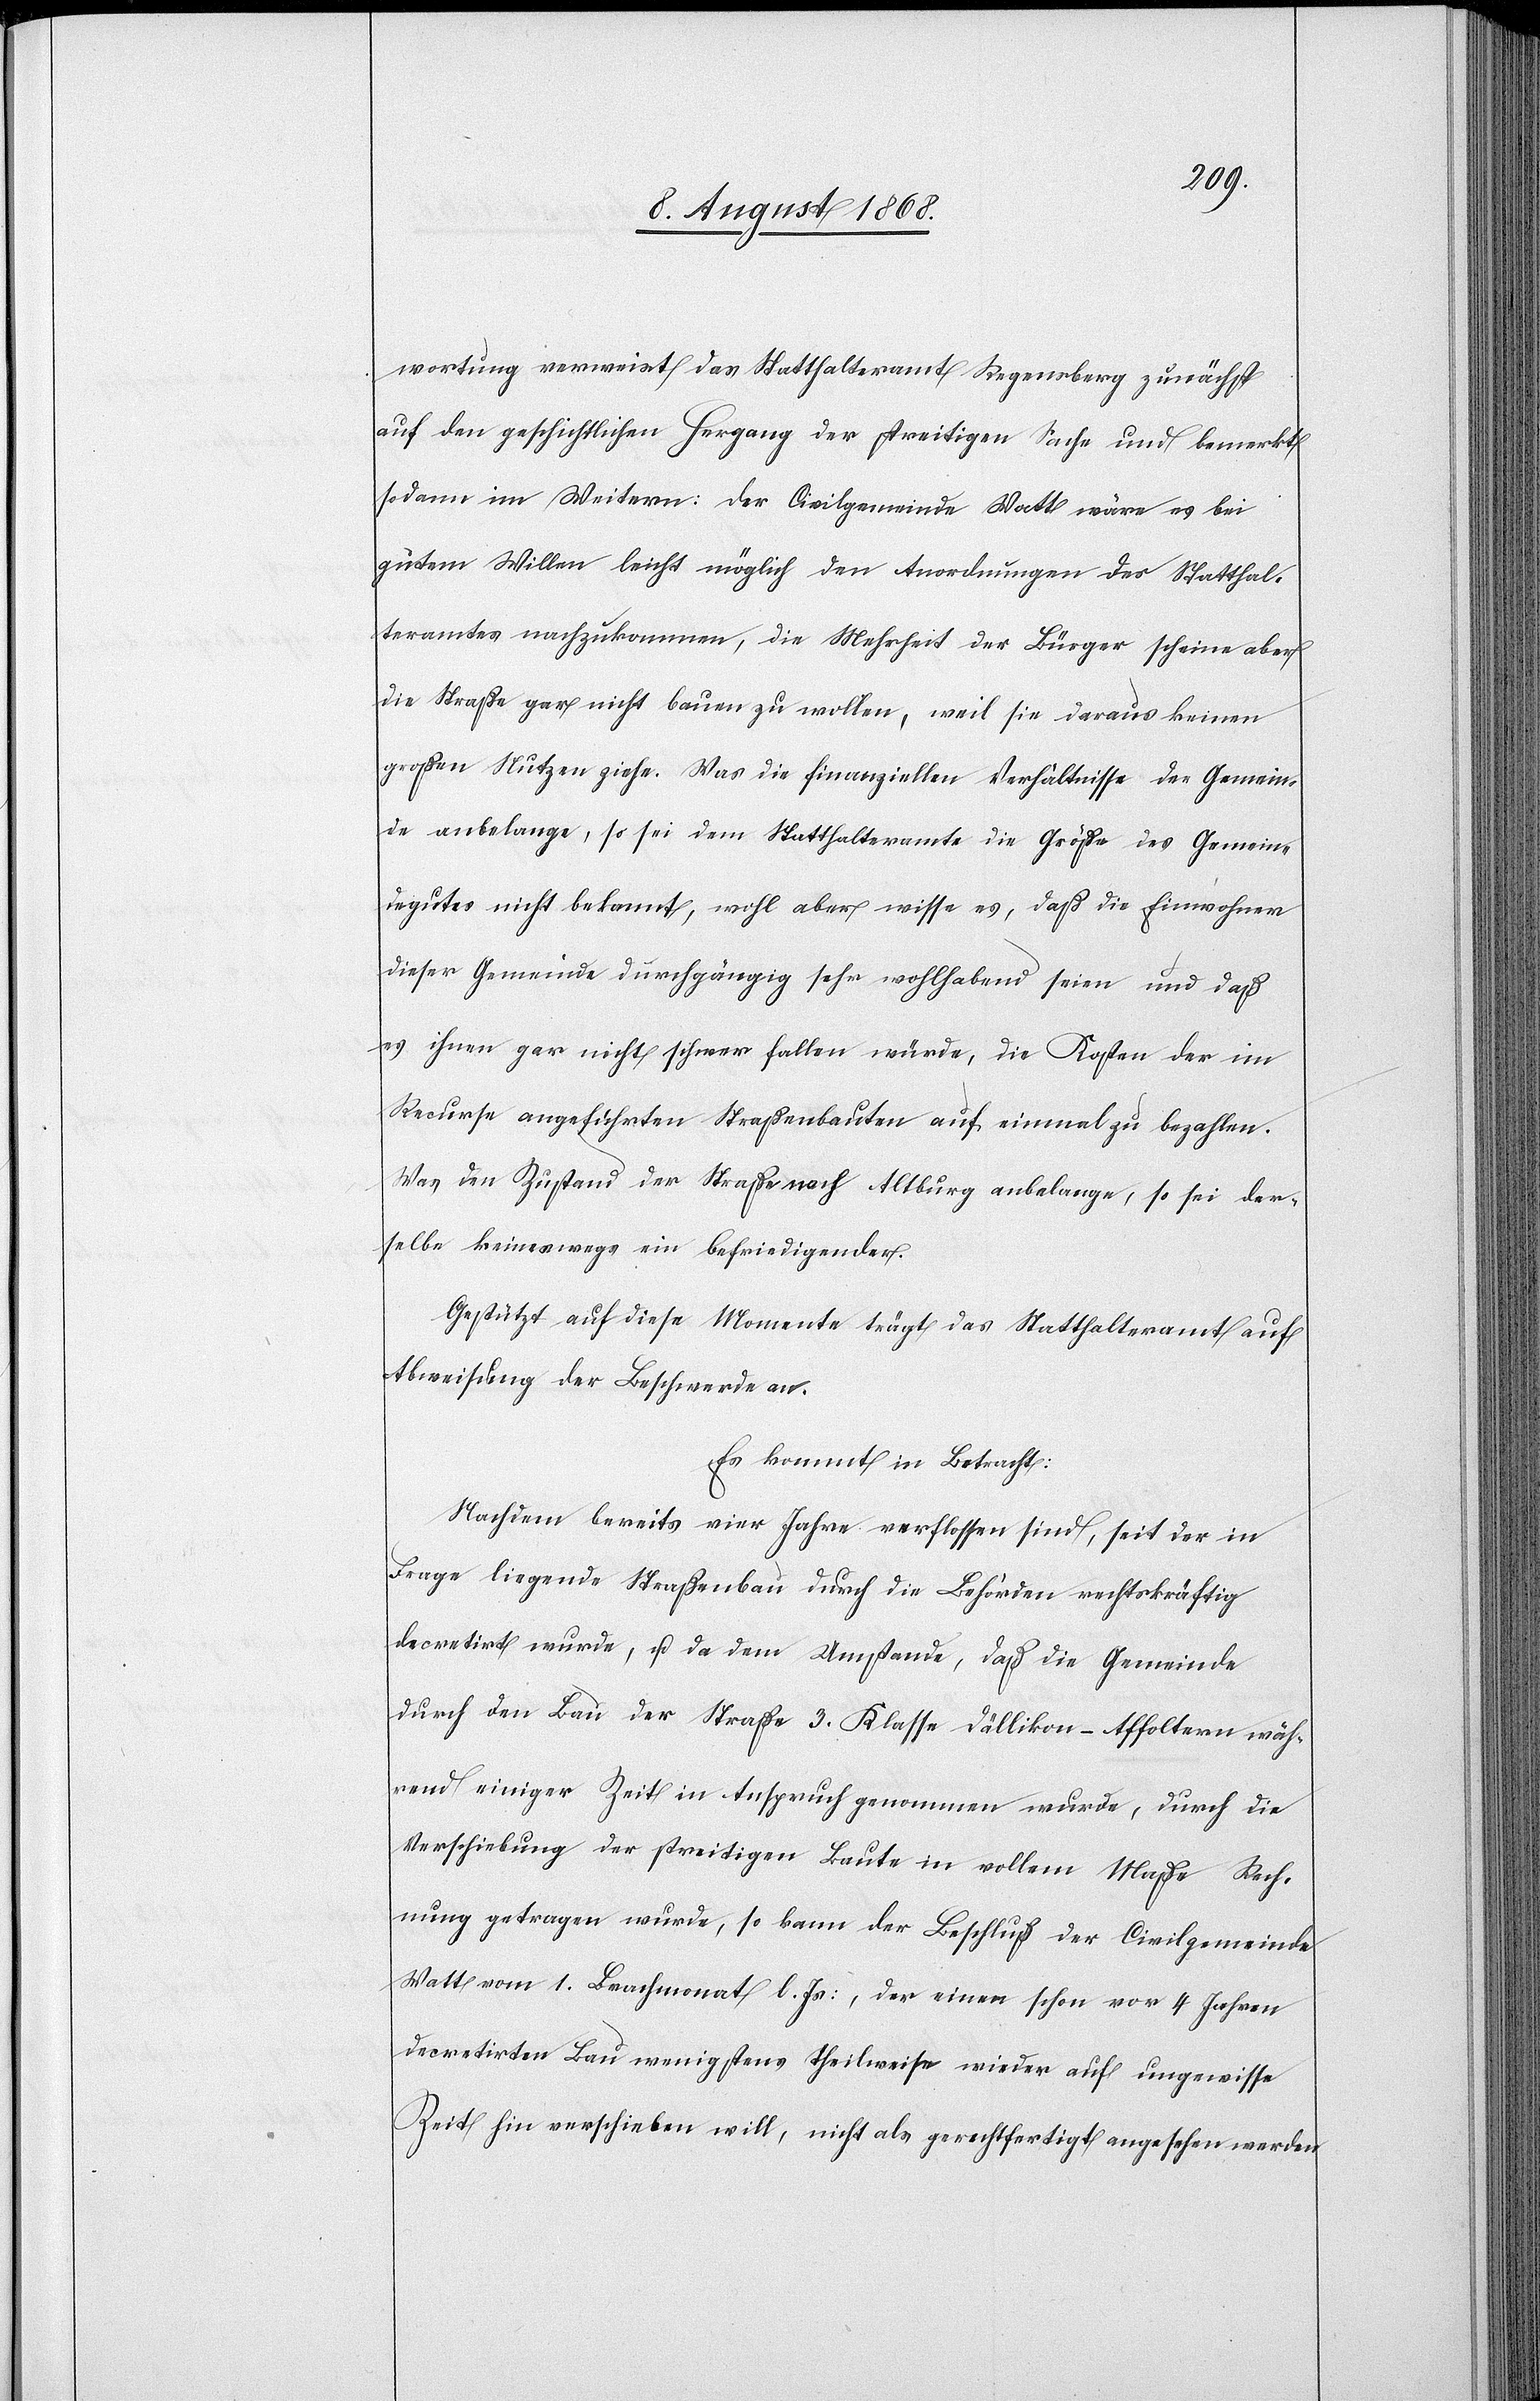
wortung verweist das Statthalteramt Regensberg zunächst
auf den geschichtlichen Hergang der streitigen Sache und bemerkt
sodann im Weitern: Der Civilgemeinde Watt wäre es bei
gutem Willen leicht möglich den Anordnungen des Statthal¬
teramtes nachzukommen, die Mehrheit der Bürger scheine aber
die Straße gar nicht bauen zu wollen, weil sie daraus keinen
großen Nutzen ziehe. Was die finanziellen Verhältnisse der Gemein¬
de anbelange, so sei dem Statthalteramte die Größe des Gemein¬
degutes nicht bekannt, wohl aber wisse es, daß die Einwohner
dieser Gemeinde durchgängig sehr wohlhabend seien und daß
es ihnen gar nicht schwer fallen würde, die Kosten der im
Recurse angeführten Straßenbauten auf einmal zu bezahlen.
Was den Zustand der Straße nach Altburg anbelange, so sei der¬
selbe keineswegs ein befriedigender.
Gestützt auf diese Momente trägt das Statthalteramt auf
Abweisung der Beschwerde an.
Es kommt in Betracht:
Nachdem bereits vier Jahre verflossen sind, seit der in
Frage liegende Straßenbau durch die Behörden rechtskräftig
decretirt wurde, u. da dem Umstande, daß die Gemeinde
durch den Bau der Straße 3. Klasse Dällikon–Affoltern wäh¬
rend einiger Zeit in Anspruch genommen wurde, durch die
Verschiebung der streitigen Baute in vollem Maße Rech¬
nung getragen wurde, so kann der Beschluß der Civilgemeinde
Watt vom 1. Brachmonat l. Js:, der einen schon vor 4 Jahren
decretirten Bau wenigstens theilweise wieder auf ungewisse
Zeit hin verschieben will, nicht als gerechtfertigt angesehen werden